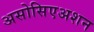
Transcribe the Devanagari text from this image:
असोसिएअशन